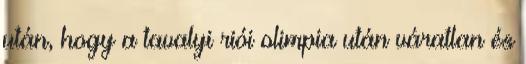
után, hogy a tavalyi riói olimpia után váratlan és